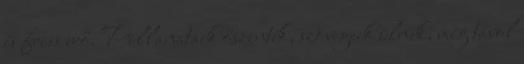
és friss erő. Pillanataik őszinték, szövegeik ülnek, még távol